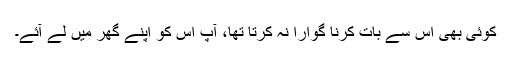
کوئی بھی اس سے بات کرنا گوارا نہ کرتا تھا، آپ اس کو اپنے گھر میں لے آئے۔